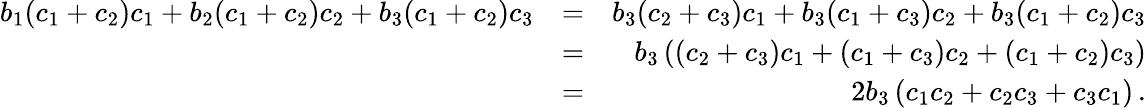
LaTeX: \begin{array}{rlr}{b_{1}(c_{1}+c_{2})c_{1}+b_{2}(c_{1}+c_{2})c_{2}+b_{3}(c_{1}+c_{2})c_{3}}&{=}&{b_{3}(c_{2}+c_{3})c_{1}+b_{3}(c_{1}+c_{3})c_{2}+b_{3}(c_{1}+c_{2})c_{3}}\\ &{=}&{b_{3}\left((c_{2}+c_{3})c_{1}+(c_{1}+c_{3})c_{2}+(c_{1}+c_{2})c_{3}\right)}\\ &{=}&{2b_{3}\left(c_{1}c_{2}+c_{2}c_{3}+c_{3}c_{1}\right)\, .}\end{array}